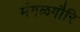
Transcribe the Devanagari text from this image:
मंगळगौरि